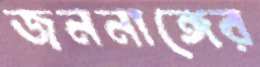
জননাঙ্গের